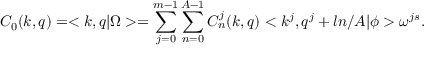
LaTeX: C _ { 0 } ( k , q ) = < k , q | \Omega > = \sum _ { j = 0 } ^ { m - 1 } \sum _ { n = 0 } ^ { A - 1 } C _ { n } ^ { j } ( k , q ) < k ^ { j } , q ^ { j } + l n / A | \phi > \omega ^ { j s } .